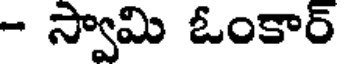
- స్వామి ఓంకార్